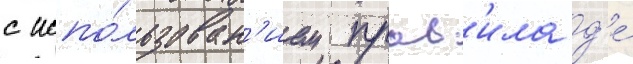
с испо́льзован'ием прав'ила д'е́